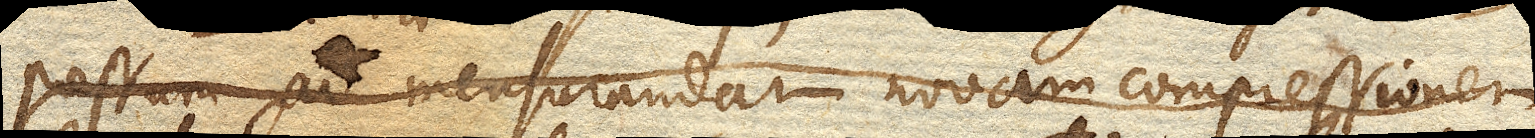
pressum ad mensurandam novam compressionem